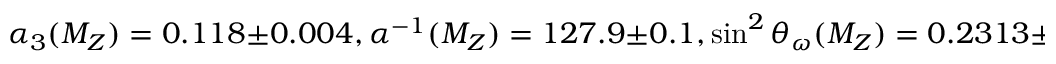
\alpha _ { 3 } ( M _ { Z } ) = 0 . 1 1 8 \pm 0 . 0 0 4 , \alpha ^ { - 1 } ( M _ { Z } ) = 1 2 7 . 9 \pm 0 . 1 , \sin ^ { 2 } \theta _ { \omega } ( M _ { Z } ) = 0 . 2 3 1 3 \pm 0 . 0 0 0 3 ,